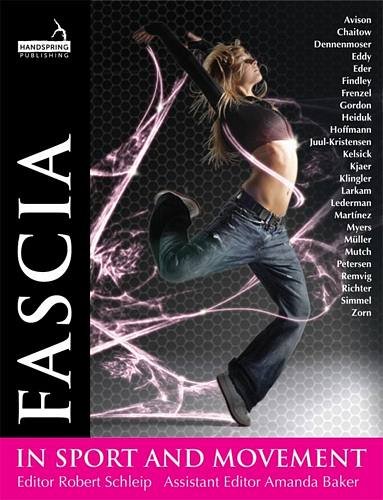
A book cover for Fascia in Sport and Movement; Robert Schleip; Medical Books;